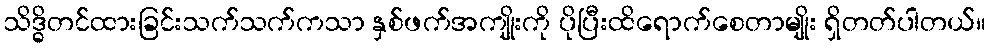
သိဒ္ဓိတင်ထားခြင်းသက်သက်ကသာ နှစ်ဖက်အကျိုးကို ပိုပြီးထိရောက်စေတာမျိုး ရှိတတ်ပါတယ်။